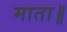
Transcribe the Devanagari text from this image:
माता॥